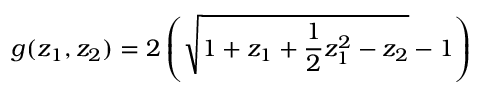
g ( z _ { 1 } , z _ { 2 } ) = 2 \left( \sqrt { 1 + z _ { 1 } + { \frac { 1 } { 2 } } z _ { 1 } ^ { 2 } - z _ { 2 } } - 1 \right)